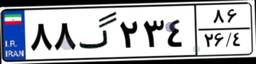
۴۷گ۵۹۴۵۷